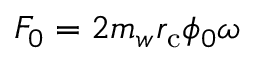
F _ { 0 } = 2 m _ { w } r _ { \mathrm { c } } \phi _ { 0 } \omega